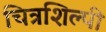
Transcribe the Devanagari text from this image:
चित्रशिल्पी